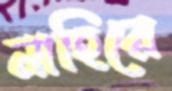
নাহিরে